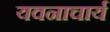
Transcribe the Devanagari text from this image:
यवनाचार्य